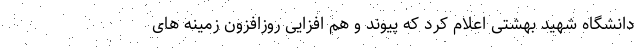
دانشگاه شهید بهشتی اعلام کرد که پیوند و هم افزایی روزافزون زمینه های